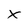
Character: X